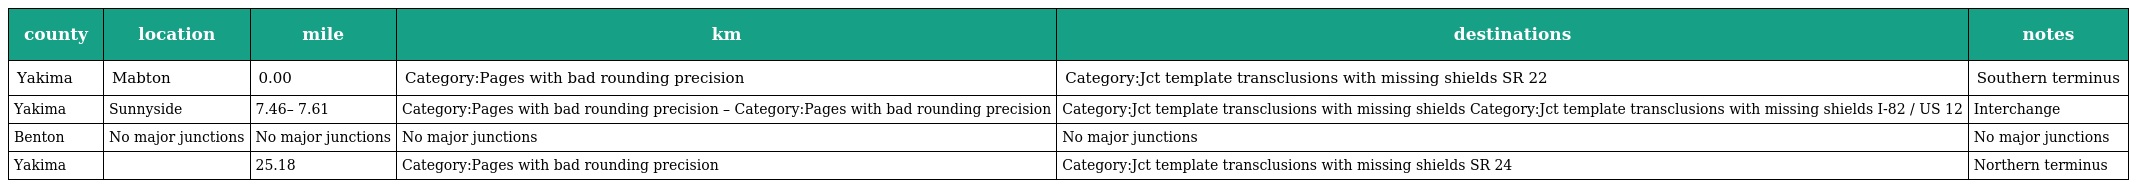
| county | location | mile | km | destinations | notes |
 | --- | --- | --- | --- | --- | --- |
 | Yakima | Mabton | 0.00 | Category:Pages with bad rounding precision | Category:Jct template transclusions with missing shields SR 22 | Southern terminus |
 | Yakima | Sunnyside | 7.46– 7.61 | Category:Pages with bad rounding precision – Category:Pages with bad rounding precision | Category:Jct template transclusions with missing shields Category:Jct template transclusions with missing shields I-82 / US 12 | Interchange |
 | Benton | No major junctions | No major junctions | No major junctions | No major junctions | No major junctions |
 | Yakima |  | 25.18 | Category:Pages with bad rounding precision | Category:Jct template transclusions with missing shields SR 24 | Northern terminus |